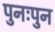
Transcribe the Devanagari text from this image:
पुनःपुन